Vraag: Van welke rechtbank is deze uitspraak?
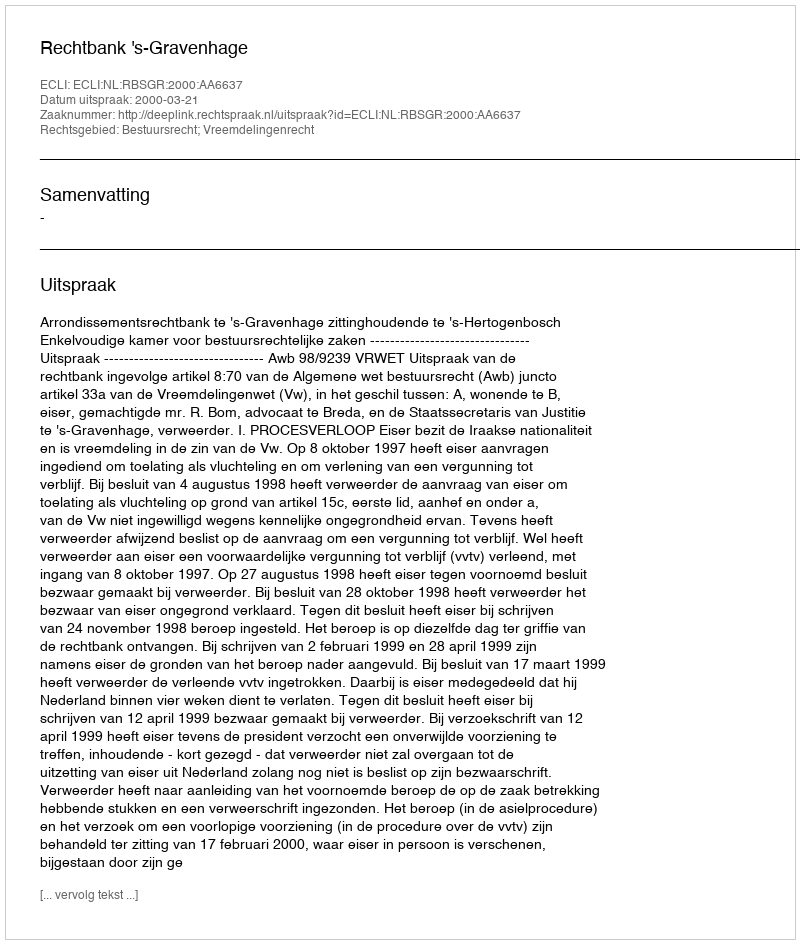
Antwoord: Rechtbank 's-Gravenhage